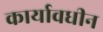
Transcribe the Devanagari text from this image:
कार्यावधीन